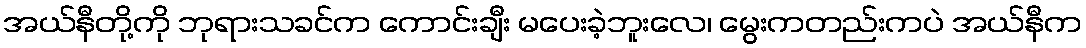
အယ်နီတို့ကို ဘုရားသခင်က ကောင်းချီး မပေးခဲ့ဘူးလေ၊ မွေးကတည်းကပဲ အယ်နီက